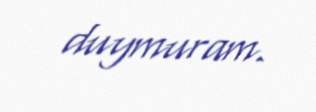
duymuram.